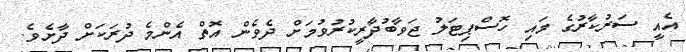
އެއީ ސަރުކާރުގެ މައި ހޮސްޕިޓަލު ޖަވާބުދާރީކުރުވުމަށް ދެވެން އޮތް އެންމެ ދުރަކަށް ދާށެވެ.